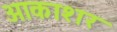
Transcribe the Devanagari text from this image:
आकाशर